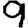
Digit: 9